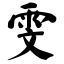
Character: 雯